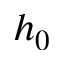
h _ { 0 }